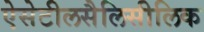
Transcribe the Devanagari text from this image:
ऐसेटीलसैलिसीलिक